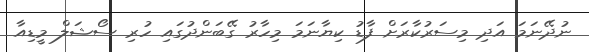
ނުދޭނަމަ އަދި މިސަރުކާރަށް ފާޑު ކިޔާނަމަ މިހާރު ގޭބަންދުގައި ހުރި ސޯޝަލް މީޑިއާ